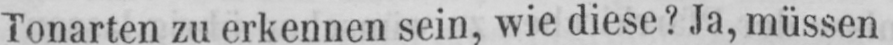
Tonarten zu erkennen sein, wie diese? Ja, müssen